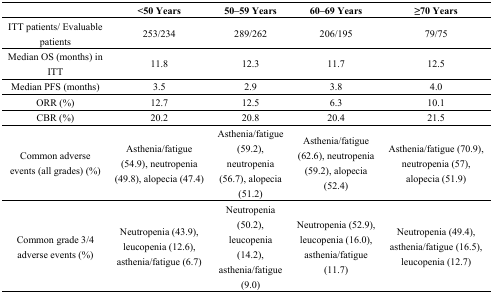
<table><thead><tr><td></td><td><b>&lt;50 Years</b></td><td><b>50–59 Years</b></td><td><b>60–69 Years</b></td><td><b>≥70 Years</b></td></tr></thead><tbody><tr><td>ITT patients/ Evaluable patients</td><td>253/234</td><td>289/262</td><td>206/195</td><td>79/75</td></tr><tr><td>Median OS (months) in ITT</td><td>11.8</td><td>12.3</td><td>11.7</td><td>12.5</td></tr><tr><td>Median PFS (months)</td><td>3.5</td><td>2.9</td><td>3.8</td><td>4.0</td></tr><tr><td>ORR (%)</td><td>12.7</td><td>12.5</td><td>6.3</td><td>10.1</td></tr><tr><td>CBR (%)</td><td>20.2</td><td>20.8</td><td>20.4</td><td>21.5</td></tr><tr><td>Common adverse events (all grades) (%)</td><td>Asthenia/fatigue (54.9), neutropenia (49.8), alopecia (47.4)</td><td>Asthenia/fatigue (59.2), neutropenia (56.7), alopecia (51.2)</td><td>Asthenia/fatigue (62.6), neutropenia (59.2), alopecia (52.4)</td><td>Asthenia/fatigue (70.9), neutropenia (57), alopecia (51.9)</td></tr><tr><td>Common grade 3/4 adverse events (%)</td><td>Neutropenia (43.9), leucopenia (12.6), asthenia/fatigue (6.7)</td><td>Neutropenia (50.2), leucopenia (14.2), asthenia/fatigue (9.0)</td><td>Neutropenia (52.9), leucopenia (16.0), asthenia/fatigue (11.7)</td><td>Neutropenia (49.4), asthenia/fatigue (16.5), leucopenia (12.7)</td></tr></tbody></table>